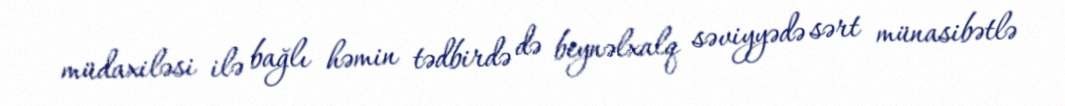
müdaxiləsi ilə bağlı həmin tədbirdə də beynəlxalq səviyyədə sərt münasibətlə